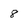
Character: 8